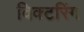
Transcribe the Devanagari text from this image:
विक्टरिंग